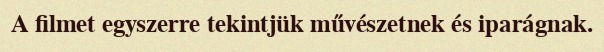
A filmet egyszerre tekintjük művészetnek és iparágnak.